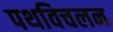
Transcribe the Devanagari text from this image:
पथविचलन